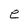
Character: e